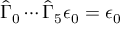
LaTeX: \hat { \Gamma } _ { 0 } \cdots \hat { \Gamma } _ { 5 } \epsilon _ { 0 } = \epsilon _ { 0 }